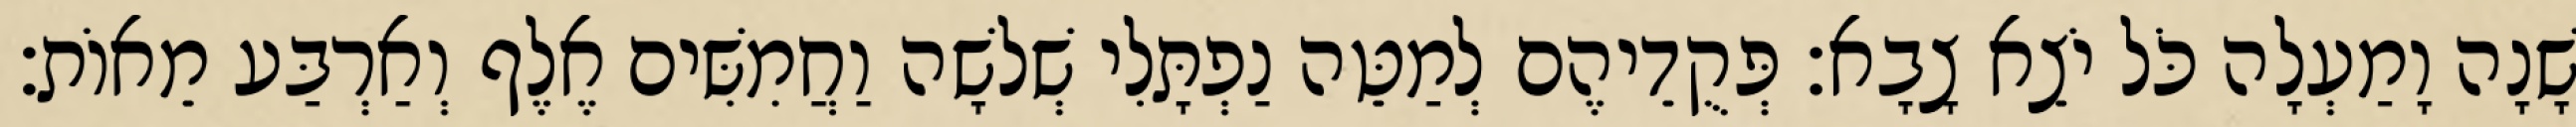
שָׁנָה וָמַעְלָה כֹּל יֹצֵא צָבָא׃ פְּקֻדֵיהֶם לְמַטֵּה נַפְתָּלִי שְׁלשָׁה וַחֲמִשִּׁים אֶלֶף וְאַרְבַּע מֵאוֹת׃